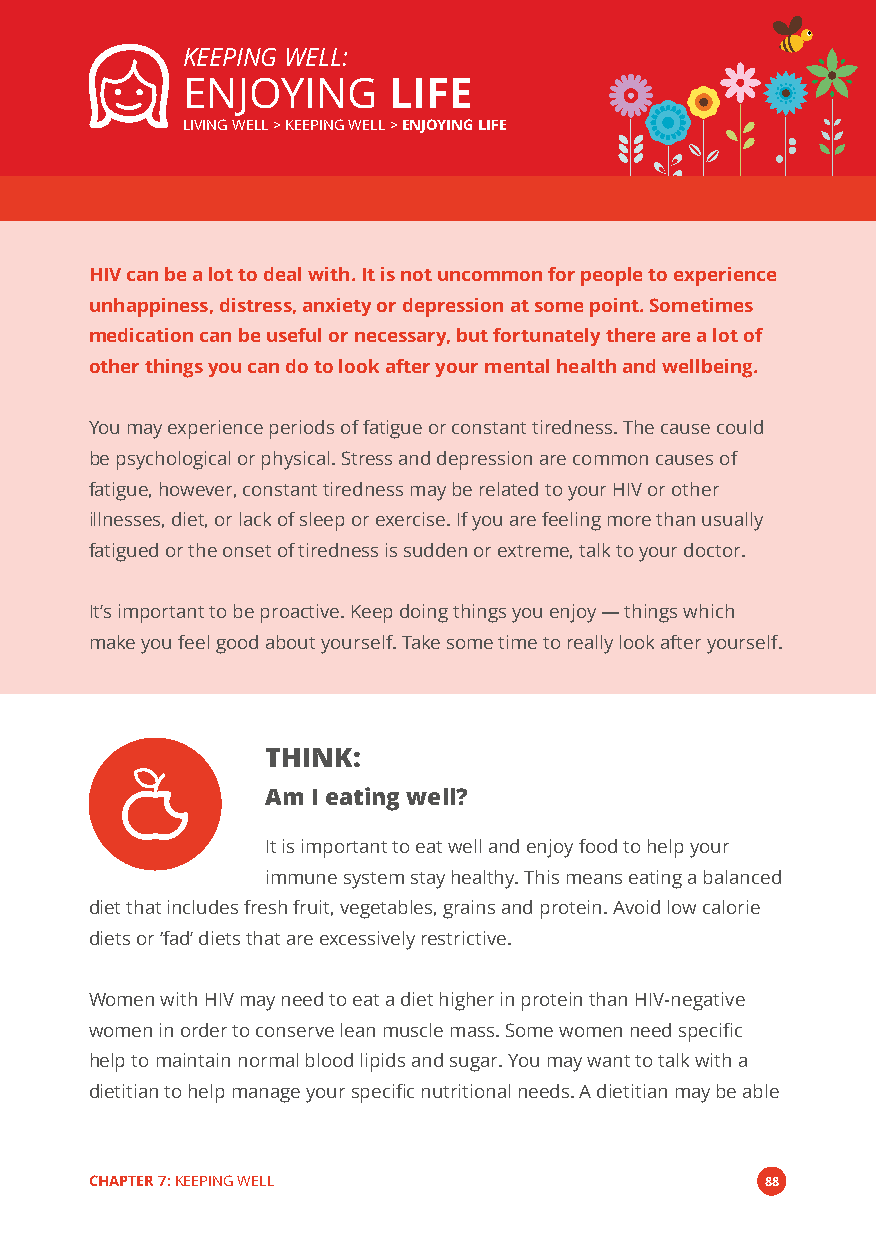
KEEPING WELL:
 ENJOYING      LIFE
 LIVING WELL > KEEPING WELL >ENJOYING LIFE
 HIV can be a lot to deal with. It is not uncommon for people to experience
 unhappiness, distress, anxiety or depression at some point. Sometimes
 medication can be useful or necessary, but fortunately there are a lot of
 other things you can do to look after your mental health and wellbeing.
 You may experience periods of fatigue or constant tiredness. The cause could
 be psychological or physical. Stress and depression are common causes of
 fatigue, however, constant tiredness may be related to your HIV or other
 illnesses, diet, or lack of sleep or exercise. If you are feeling more than usually
 fatigued or the onset of tiredness is sudden or extreme, talk to your doctor.
 It’s important to be proactive. Keep doing things you enjoy—things which
 make you feel good about yourself. Take some time to really look after yourself.
 THINK:
 Am I eating well?
 It is important to eat well and enjoy food to help your
 immune system stay healthy. This means eating a balanced
 diet that includes fresh fruit, vegetables, grains and protein. Avoid low calorie
 diets or‘fad’diets that are excessively restrictive.
 Women with HIV may need to eat a diet higher in protein than HIV-negative
 women in order to conserve lean muscle mass. Some women need specific
 help to maintain normal blood lipids and sugar. You may want to talk with a
 dietitian to help manage your specific nutritional needs. A dietitian may be able
 CHAPTER 7:KEEPING WELL                       88